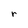
Character: r